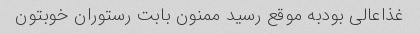
غذاعالی بودبه موقع رسید ممنون بابت رستوران خوبتون